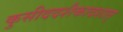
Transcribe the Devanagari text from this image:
कुसीददशैकादशात्